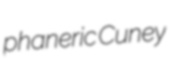
phaneric Cuney